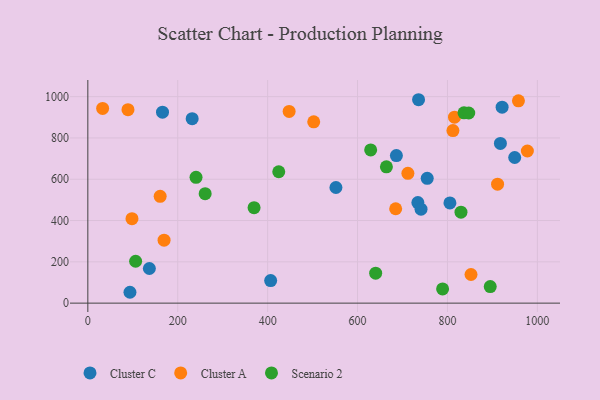
{"axis": {"x": "Price", "y": "Fuel Efficiency"}, "legend": ["Cluster A", "Cluster C", "Scenario 2"], "data": [{"x": "166.1", "y": 924.6, "type": "Cluster C"}, {"x": "755.0", "y": 604.3, "type": "Cluster C"}, {"x": "921.6", "y": 948.8, "type": "Cluster C"}, {"x": "949.6", "y": 705.3, "type": "Cluster C"}, {"x": "136.9", "y": 167.8, "type": "Cluster C"}, {"x": "686.4", "y": 714.7, "type": "Cluster C"}, {"x": "551.9", "y": 559.9, "type": "Cluster C"}, {"x": "93.7", "y": 52.6, "type": "Cluster C"}, {"x": "734.2", "y": 486.8, "type": "Cluster C"}, {"x": "735.7", "y": 985.0, "type": "Cluster C"}, {"x": "917.8", "y": 773.3, "type": "Cluster C"}, {"x": "805.5", "y": 485.5, "type": "Cluster C"}, {"x": "406.7", "y": 109.2, "type": "Cluster C"}, {"x": "232.1", "y": 893.0, "type": "Cluster C"}, {"x": "741.2", "y": 455.1, "type": "Cluster C"}, {"x": "169.6", "y": 304.7, "type": "Cluster A"}, {"x": "32.9", "y": 943.0, "type": "Cluster A"}, {"x": "911.5", "y": 576.2, "type": "Cluster A"}, {"x": "98.2", "y": 409.2, "type": "Cluster A"}, {"x": "957.9", "y": 979.6, "type": "Cluster A"}, {"x": "89.3", "y": 936.9, "type": "Cluster A"}, {"x": "684.8", "y": 457.1, "type": "Cluster A"}, {"x": "977.8", "y": 736.6, "type": "Cluster A"}, {"x": "712.0", "y": 628.7, "type": "Cluster A"}, {"x": "815.7", "y": 900.4, "type": "Cluster A"}, {"x": "447.8", "y": 928.2, "type": "Cluster A"}, {"x": "812.2", "y": 835.6, "type": "Cluster A"}, {"x": "852.4", "y": 138.7, "type": "Cluster A"}, {"x": "160.9", "y": 517.4, "type": "Cluster A"}, {"x": "502.5", "y": 878.2, "type": "Cluster A"}, {"x": "424.7", "y": 636.3, "type": "Scenario 2"}, {"x": "830.1", "y": 440.4, "type": "Scenario 2"}, {"x": "895.2", "y": 80.2, "type": "Scenario 2"}, {"x": "640.3", "y": 145.0, "type": "Scenario 2"}, {"x": "836.8", "y": 921.7, "type": "Scenario 2"}, {"x": "629.2", "y": 741.9, "type": "Scenario 2"}, {"x": "240.7", "y": 609.1, "type": "Scenario 2"}, {"x": "261.0", "y": 529.9, "type": "Scenario 2"}, {"x": "664.2", "y": 660.1, "type": "Scenario 2"}, {"x": "847.4", "y": 920.7, "type": "Scenario 2"}, {"x": "789.2", "y": 68.7, "type": "Scenario 2"}, {"x": "369.8", "y": 462.1, "type": "Scenario 2"}, {"x": "106.3", "y": 202.9, "type": "Scenario 2"}]}